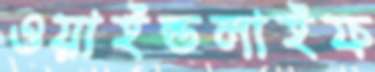
ওয়াইল্ডলাইফ